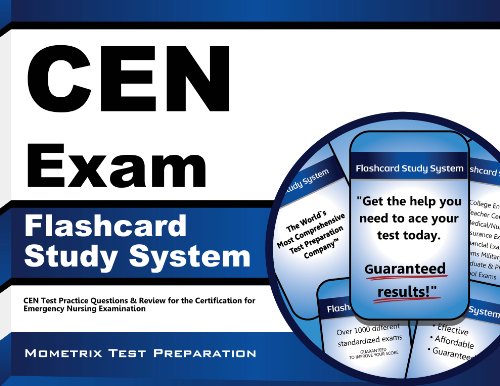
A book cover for CEN Exam Flashcard Study System: CEN Test Practice Questions & Review for the Certification for Emergency Nursing Examination (Cards); CEN Exam Secrets Test Prep Team; Test Preparation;